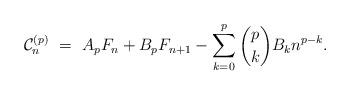
LaTeX: \begin{align*}\mathcal{C}_n^{(p)} \ = \ A_p F_n + B_p F_{n+1} - \sum_{k=0}^p \binom{p}{k} B_k n^{p-k}.\end{align*}